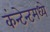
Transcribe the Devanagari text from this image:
कंन्टेन्टमध्ये